Annual statistical returns and brief notes on vaccination in Bengal - 1896-1909
Year: 1896
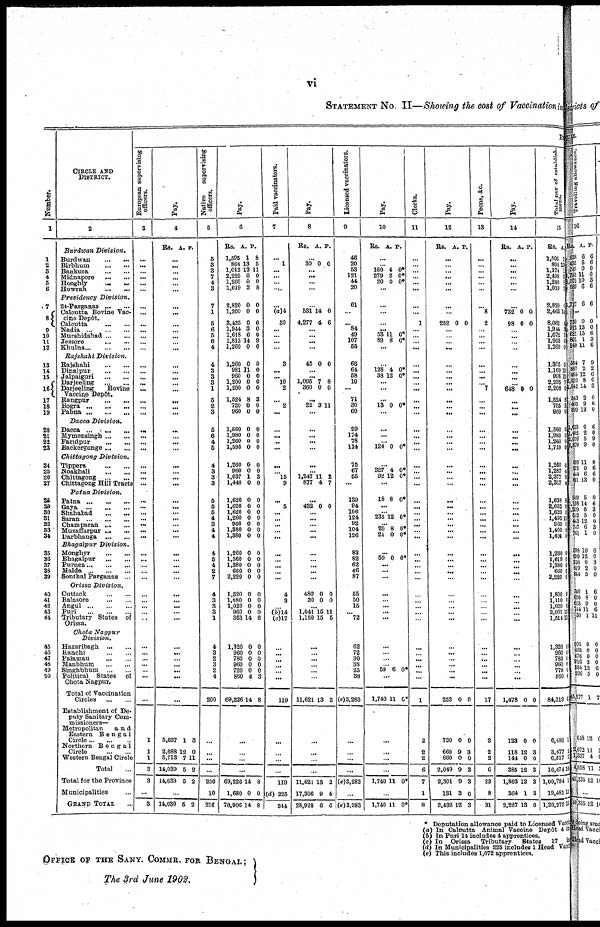
vi
STATEMENT No. II—Showing the cost of Vaccination in
Number.
1
1
2
3
4
5
6
7
8
9
10
11
12
13
14
15
16
17
18
19
20
21
22
23
24
25
26
27
28
29
30
31
32
33
34
35
36
37
38
39
40
41
42
43
44
45
46
47
48
49
50
CIRCLES AND
DISTRICT.
2
Burdwan Division.
Burdwan ... ...
Birbhum
...
...
Bankura
...
...
Midnapore
...
...
Hooghly
...
...
Howrah
...
...
Presidency
Division.
24-Parganas ... ...
Calcutta Bovine Vac-
cine Depôt.
Calcutta ... ...
Nadia
...
...
...
Murshidabad ... ...
Jessore
...
...
Khulna
...
...
Rajshahi
Division.
Rajshahi
...
...
Dinajpur
...
...
Jalpaiguri
...
...
Darjeeling
...
...
Dnrjeeling
Bovine
Vaccine Depôt.
Rangpur
...
...
Bogra
...
...
...
Pabna ... ... ...
Dacca Division.
Dacca
...
...
...
Mymensingh ... ...
Faridpur
...
...
Backergunge ... ...
Chittagong
Division.
Tippera
...
...
Noakhali
...
...
Chittagong
...
...
Chittagong Hill Tracts
Patna Division.
Patna ... ... ...
Gaya
...
...
...
Shahabad ... ... ...
Saran
...
...
...
Champaran ... ...
Muzaffarpur ...
...
Darbhanga
...
...
Bhagalpur
Division.
Monghyr
...
...
Bhagalpur
...
...
Purnea
...
...
Malda
...
...
Sonthal Parganas ...
Orissa Division.
Cuttack
...
...
Balasore
...
...
Angul
...
...
Puri
...
...
...
Tributary States of
Orissa.
Chota Nagpur
Division.
Hazaribagh
...
...
Ranchi
...
...
Palamau ... ...
Manbhum
...
...
Singhbhum
...
...
Political States of
Chota Nagpur.
Total of Vaccination
Circles
...
...
Establishment of De-
puty Sanitary Com-
-issioners—
Metropolitan
and
Eastern Bengal
Circle ... ... ...
Northern Bengal
Circle
...
...
Western Bengal Circle
Total ...
Total for the Province
Municipalities ...
GRAND TOTAL ...
R
European supervising
officers.
3
...
...
...
...
...
...
...
...
...
...
...
...
...
...
...
...
...
...
...
...
...
...
...
...
...
...
...
...
...
...
...
...
...
...
...
...
...
...
...
...
...
...
...
...
...
...
...
...
...
...
...
...
1
1
1
3
3
...
3
Pay.
4
Rs. A. P.
...
...
...
...
...
...
...
...
...
...
...
...
...
...
...
...
...
...
...
...
...
...
...
...
...
...
...
...
...
...
...
...
...
...
...
...
...
...
...
...
...
...
...
...
...
...
...
...
...
...
...
...
5,637
2,688
5,713
14,039
14,039
1
12
7
5
5
3
0
11
2
2
...
14,039 5 2
Native
supervising
officers.
5
5
3
3
7
4
3
7
1
5 6 5
6
4
4
3
3
3
1
5
2
3
5
6
4
5
4
3
3
3
5
5
5
4
3
4
4
4
5
4
2
7
4
3
3
3
1
4
3
2
3
2
4
200
...
...
...
...
200
10
216
Pay.
6
Rs.
1,595
864
1,018
2,220
1,260
1,019
A.
1
13
13
0
0
2
P.
8
5
11
0
0
8
2,820
1,200
3,435 1,944
1,618
1,813
1,260
0
0
0 3
6
14
0
0
0
0
0 0
9
0
1,260
981
960
1,200
1,200
1,524
720
960
0
11
0
0
0
8
0
0
0
0
0
0
0
3
0
0
1,560
1,980
1,260
1,595
0
0
0
0
0
0
0
0
1,260
960
1,037
1,440
0
0
1
0
0
0
3
0
1,620
1,620
1,620
1,260
960
1,380
1,380
0
0
0
0
0
0
0
0
0
0
0
0
0
0
1,260
1,560
1,380
660
2,220
0
0
0
0
0
0
0
0
0
0
1,320
1,080
1,020
960
363
0
0
0
0
14
0
0
0
0
6
1,320
960
780
960
720
860
69,226
0
0
0
0
0
4
14
0
0
0
0
0
3
8
...
...
...
...
69,226
1,680
70,906
14
0
14
8
0
8
Paid vaccinators.
7
...
1
...
...
...
...
...
(a)4
30
... ...
...
...
3
...
... 10
2
... 2
...
...
...
...
...
...
...
15
9
... 5
...
...
...
...
...
...
... ...
...
...
4
9
...
(b)14
(c)17
...
...
...
...
...
...
119
...
...
...
...
119
(d) 225
844
Pay.
8
Rs. A. P.
...
30 0 0
... ...
... ...
...
531
4,277
14
4
0
6
... ...
...
...
45 0 0
...
...
1,095
360
7
0
8
0
...
22 3 11
...
...
...
...
...
...
...
1,247
877
11
4
2
7
...
432 0 0
...
...
...
...
...
...
...
...
...
...
480
30
0
0
0
0
...
1,041
1,150
15
15
11
5
...
...
...
...
...
...
11,621 13 2
...
...
...
...
11,621
17,306
28,928
13
9
6
2
4
6
Licensed vaccinators.
9
46
20
53
121
44
20
61
...
...
84
49
107
55
66
64
58
10
...
71
30
60
99
174
78
114
75
67
55
...
139
94
106
124
92
104
126
83
82
62
46
87
55
50
15
...
72
62
72
30
38
25
38
(e)3,283
...
...
...
...
(e) 3,283
...
(e) 3,283
Pay.
10
Rs. A. P.
...
...
160
279
20
4
2
0
0*
0*
0*
...
...
...
...
...
53
89
11
8
0*
0*
...
...
128.
38
4
12
0*
0*
...
...
...
13 0 0*
...
...
...
...
124 0 0*
...
327
92
4
12
0*
0*
...
18 8 0*
...
...
235 12 0*
...
20
21
8
0
0*
0*
...
59 0 0*
...
...
...
...
...
...
...
...
...
...
...
...
59 6 0*
...
1,740 11 6*
...
...
...
...
1,740 11 0*
1,740 11 0*
Clerks.
11
...
...
...
...
...
...
...
...
1
... ...
...
...
...
...
...
...
...
...
...
...
...
...
...
...
...
...
...
...
...
...
...
...
...
...
...
...
...
...
...
...
...
...
...
...
...
...
...
...
...
...
...
1
2
2
2
6
7
1
8
Pay.
12
Rs. A. P.
...
...
...
...
...
...
...
...
252 0 0
...
...
...
...
...
...
...
...
...
...
...
...
...
... ...
...
...
...
...
...
...
...
... ...
... ...
...
...
...
...
...
...
...
...
...
...
...
...
...
...
...
...
...
252
720
669
660
2,049
2,301
131
2,432
0
0
9
0
9
9
3
12
0
0
3
0
3
3
0
8
Peons, &c.
13
...
...
...
...
...
...
... 8
2
... ...
...
...
...
...
...
... 7
...
...
...
...
...
...
...
...
...
...
...
...
...
...
...
...
...
...
...
... ...
...
...
...
...
...
...
...
...
...
...
...
...
...
17
2
2
2
6
28
8
31
Pay.
14
Rs. A. P.
...
...
...
...
...
...
...
732
98
0
0
0
0
... ...
...
...
...
...
...
... 648 0 0
...
... ...
...
...
...
...
...
... ...
...
...
... ...
...
...
...
...
...
...
...
...
...
...
...
...
...
...
...
...
... ...
...
...
1,478
123
118
144
385
1,863
364
2,227
0
0
12
0
12
12
1
13
0
0
3
0
3
3
3
6
Total pay of establish¬
ment.
15
Rs.
1,595
891
1,174
2,499
1,280
1,019
A.
1
13
1
2 0
2
2,820
2,483
8,062
1,944
1,672
1,903
1,260
6
14
4 3 1
6
0
1,305
1,109
998
2,295
2,208
1,524
755
960
0
15
12
7
0
8
9
0
1,560
1,980
1,260
1,719
0
0
0
0
1,260
1,287
2,377
2,317
0
4
3
4
1,638
2,052
1,620
1,495
960
1,400
1,401
8
0
0
12
0
8
1
1,260
1,619
1,380
660
2,220
0
0
0
0
0
1,800
1,110
1,020
2,001
1,514
0
0
0
15
11
1,320
960
780
960
779
860
84,319
6,480
3,477
6,517
16,474
1,00,794
19,481
1,20,275
0
0
0
0
0
0
6
1
1
7
10
1
13
15
*
(a)
(b) (c)
(d) (e)
Deputation allowance paid to Licensed Vacci
In Calcutta Animal Vaccine Depôt 4 in
In Puri 14 includes 4 apprentices.
In
Orissa
Tributary
States
17 in
In Municipalities 225 includes 1 Head Vacc
This includes 1,072 apprentices.
OFFICE OF THE SANY. COMMR. FOR BENGAL ;
The 3rd June 1902.